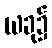
ယခု၌